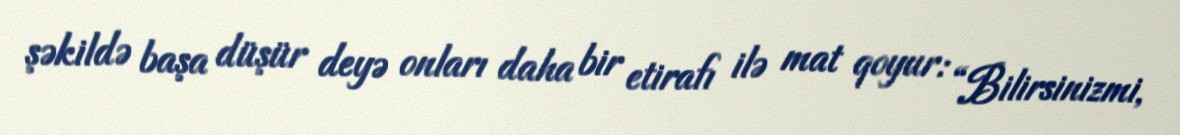
şəkildə başa düşür deyə onları daha bir etirafı ilə mat qoyur: “Bilirsinizmi,